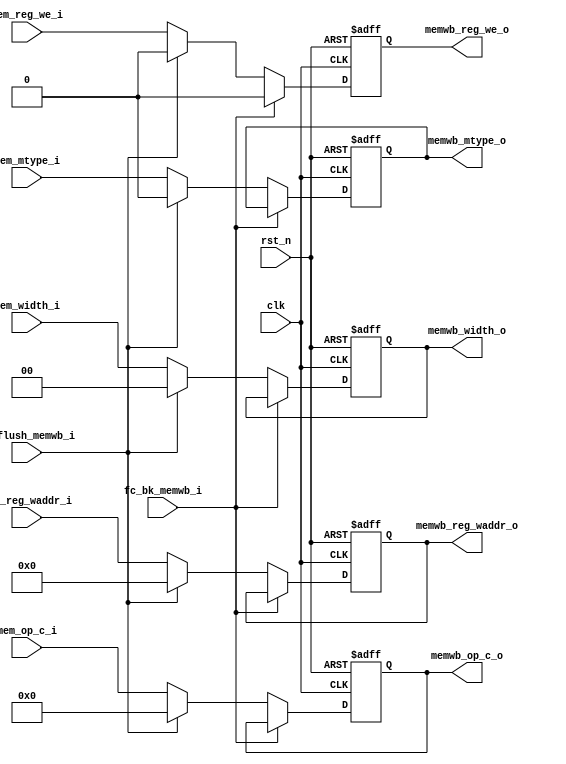
module mem_wb_reg (
    input   wire                    clk,
    input   wire                    rst_n,
    //from mem
    input   wire            [31:0]  mem_op_c_i,
    input   wire            [4:0]   mem_reg_waddr_i,
    input   wire                    mem_reg_we_i,

    input   wire                    mem_mtype_i,
    input   wire            [1:0]   mem_width_i,
    //to wb
    output  reg             [31:0]  memwb_op_c_o,
    output  reg             [4:0]   memwb_reg_waddr_o,
    output  reg                     memwb_reg_we_o,
    output  reg                     memwb_mtype_o,
    output  reg             [1:0]   memwb_width_o,
    //from fc
    input   wire                    fc_flush_memwb_i,
    input   wire                    fc_bk_memwb_i
);



    always@(posedge clk or negedge rst_n)begin

        if(rst_n == 1'b0)begin
            memwb_op_c_o <= 32'h0;
            memwb_reg_waddr_o <= 5'h0;
            memwb_reg_we_o <= 1'b0;

            memwb_mtype_o <= 1'b0;
            memwb_width_o <= 2'b0;
        end
        else if(fc_bk_memwb_i == 1'b1)begin
            memwb_op_c_o <= memwb_op_c_o;
            memwb_reg_waddr_o <= memwb_reg_waddr_o;
            memwb_reg_we_o <= 1'b0;                 //notice

            memwb_mtype_o <= memwb_mtype_o;
            memwb_width_o <= memwb_width_o;
        end
        else if(fc_flush_memwb_i == 1'b1)begin
            memwb_op_c_o <= 32'h0;
            memwb_reg_waddr_o <= 5'h0;
            memwb_reg_we_o <= 1'b0;

            memwb_mtype_o <= 1'b0;
            memwb_width_o <= 2'b0;
        end
        else begin
            memwb_op_c_o <= mem_op_c_i;
            memwb_reg_waddr_o <= mem_reg_waddr_i;
            memwb_reg_we_o <= mem_reg_we_i;

            memwb_mtype_o <= mem_mtype_i;
            memwb_width_o <= mem_width_i;
        end
    end
    


endmodule